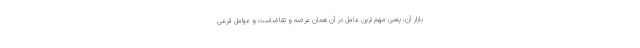
بازار آن، یعنی مهم ترین عامل در آن همان عرضه و تقاضاست و عوامل فرعی